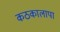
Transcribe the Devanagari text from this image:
कठकालापा